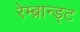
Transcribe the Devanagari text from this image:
रेम्ब्रान्ड्ट